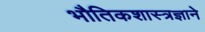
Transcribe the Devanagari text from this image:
भौतिकशास्त्रज्ञाने